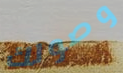
وصولك